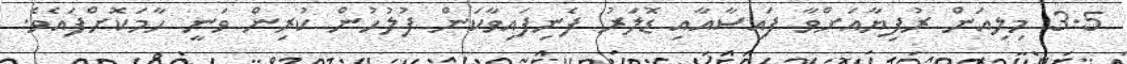
3.5 މިލިއަން ރުފިޔާއަށްވާ ފައިސާއާއި ޑޮލަރު ފެނިފައިވާކަން ފުލުހުން ކުރިން ވަނީ ހާމަކޮށްފައެވެ.